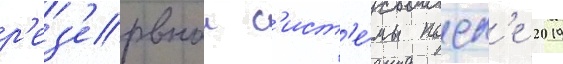
р'ез'ервнои с'ист'е́мы посл'е 2019